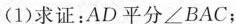
(1)求证：AD平分\angle BAC；